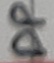
Text: DP